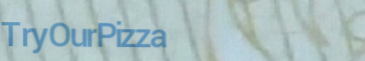
TryOurPizza